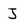
Character: J